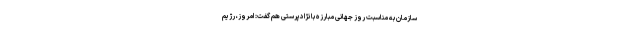
سازمان به مناسبت روز جهانی مبارزه با نژادپرستی هم گفت: امروز، رژیم